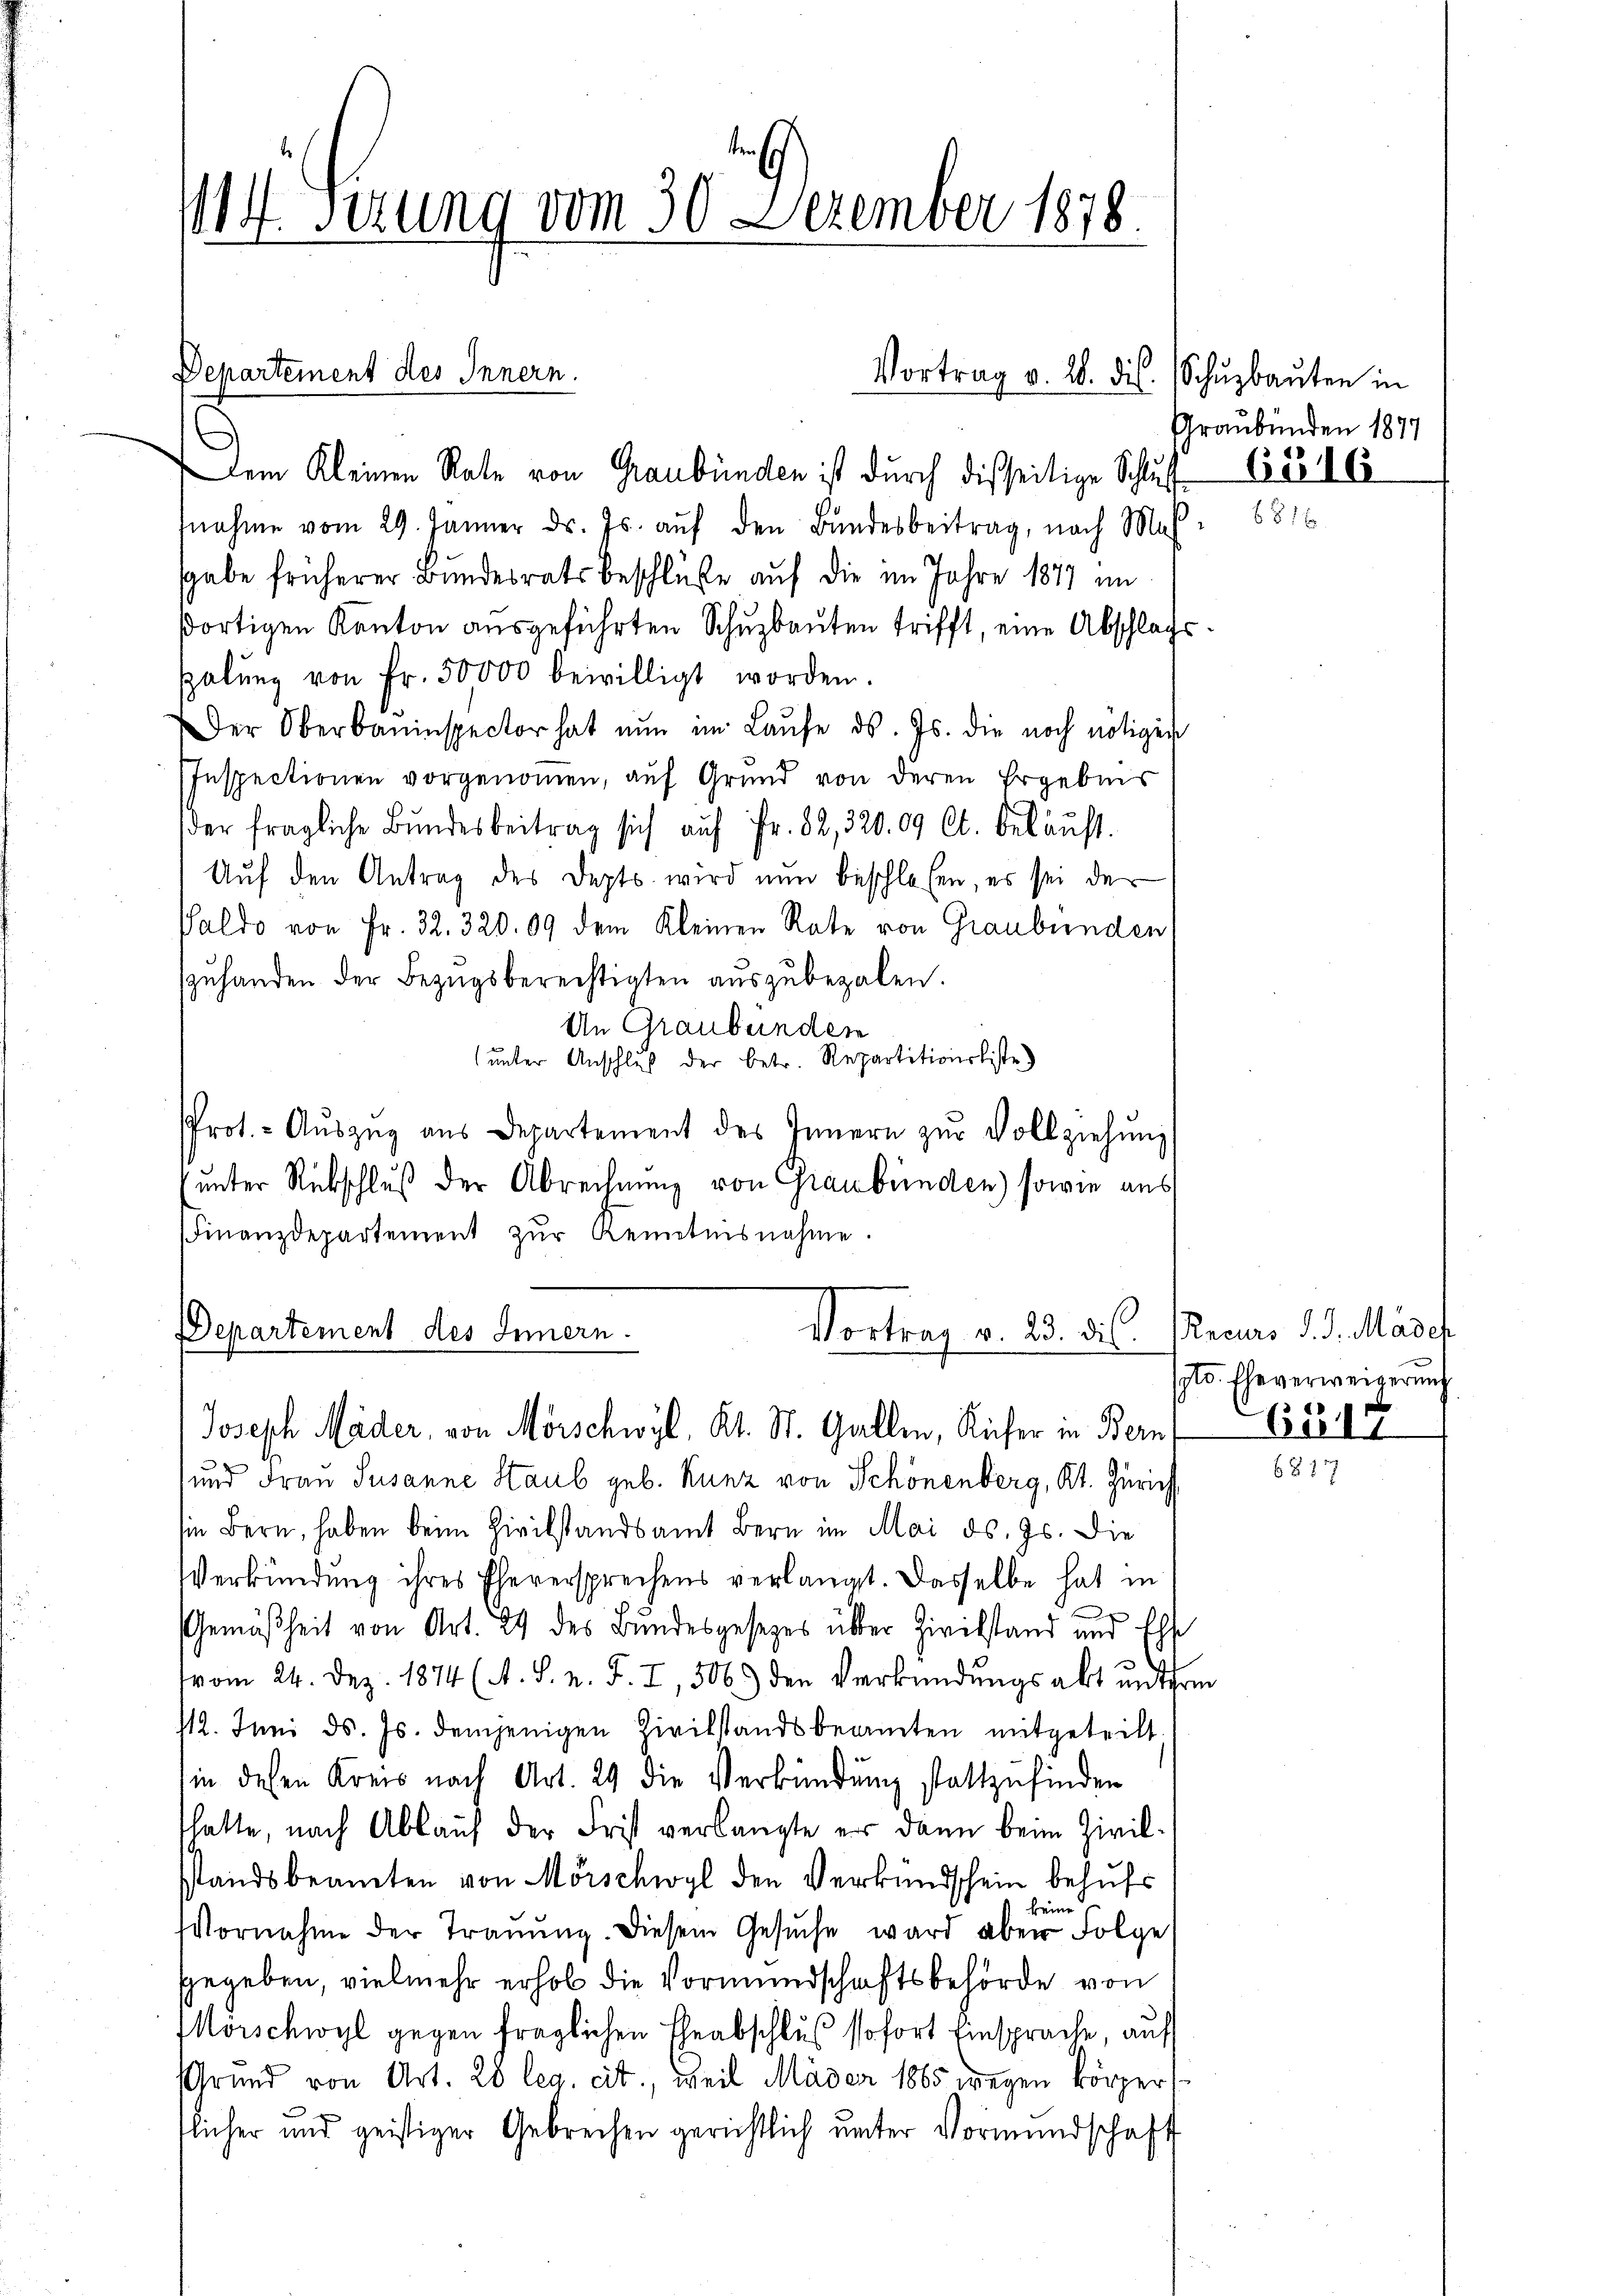
114 Serung vom 30. Dezember 1878.

Departement des Innern.

Dem Kleinen Rate von Graubünden ist durch dieseitige Schluß de
nnahme vom 29. Jänner ds. Js. aŭf den Bŭndesbeitrag, nach Maß
gabe früherer Bundesrats beschlüße auf die im Jahre 1877 im
dortigen Kanton aŭsgeführten Schŭzbaŭten trifft, eine Abschlafs
salŭng von Fr. 50000 bewilligt worden.
Der Oberbauinspector hat nŭn im Laŭfe ds. Js. die noch nötigen
Inspectionen vorgenommen, auf Grund von deren Ergebnis
der fragliche Bŭndesbeitrag sich aŭf Fr. 82, 320. 09 Ct. bekaŭft.
Aŭf den Antrag des Depts wird nun beschlosen, es sei de
Saldo von Fr. 32. 320. 09 dem Kleinen Rate von Graubünden
zŭhanden der Bezŭgsberechtigten aŭszŭbezalen.
An Graubünden
ŭnter Anschluß der betr. Repartitionsliste
Prot. - Aŭszŭg ans Departement des Innern zŭr Vollziehŭng
unter Rückschluß der Abrechnung von Graubünden) sowie aus
Finanzdepartement zŭr Kenntnisnahme.

Vortrag v. 28. dis.

Departement des Innern.
Vortrag v. 23. ds.
Joseph Mäder, von Mörschwyl, Kt. St. Gallen, Küfer in Bern

und Frau Susanne Staub geb. Kunz von Schönenberg, Kt. Zürich
hin Bern, haben beim Zivilstandsamt Bern im Mai d. Js. die
Verkündung ihres Eheversprechens verlangt. Dasselbe hat in
t
Gemäßheit von Art. 29 des Bundesgesetzes über Zivilstand und Ehr
vom 24. Dez. 1874 (A. S. n. F. I, 506) den Verkündungsakt unterm
112. Juni d. Js. demjenigen Zivilstandsbeamten mitgeteilt.
in diesen Kreis nach Art. 29 die Verkündung stattzufinden
thatte, nach Ablauf der Frist verlangte er dann beim Zivilsstandsbeamten von Mörschwyl den Verkundschein behufs
keine
Vornahme der Traŭŭng. Diesem Gesŭche ward aber Folge
ggegeben, vielmehr erhob die Vormundschaftsbehörde von
Mörschwyl gegen fraglichen Eheabschluß sofort Einsprache, auf
Grund von Art. 20 leg. cit., weil Mäder 1885 wegen körpers
tlicher und geistiger Gebrechen gerichtlich ŭnter Vormundschaft

Schuzbauten in
Graubünden 1877

Recurs d. J. Madef
yto. Eheverweigerung
651